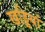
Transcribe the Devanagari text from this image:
खड्डियां